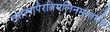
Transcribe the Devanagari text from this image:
तत्तत्पापैरतिमलिनमन्तर्मम